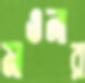
মাওনার